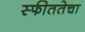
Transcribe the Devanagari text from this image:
स्फीततेचा